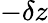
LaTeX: -\delta z